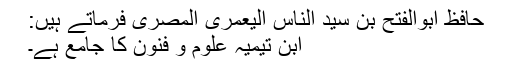
حافظ ابوالفتح بن سید الناس الیعمری المصری فرماتے ہیں:
ابن تیمیہ علوم و فنون کا جامع ہے۔